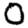
Digit: 0